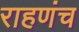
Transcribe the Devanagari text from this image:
राहणंच